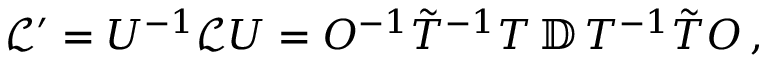
\begin{array} { r } { \mathcal { L } ^ { \prime } = { U } ^ { - 1 } \mathcal { L } { U } = O ^ { - 1 } \tilde { T } ^ { - 1 } T \, \mathbb { D } \, T ^ { - 1 } \tilde { T } O \, , } \end{array}